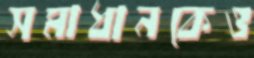
সমাধানকেও